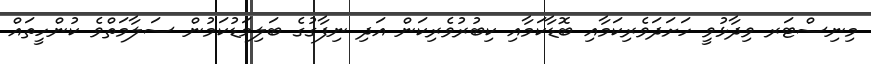
މިނިސްޓަރ ވިދާޅުވީ ހަށަދަވެރިކަމާއި ބޮޑާކަމާއި ކިބުރުވެރިކަން އަދި ނިފާގުގެ ބަލިމަޑުކަމުން ސަލާމަތްވެ ކުންހީތައް